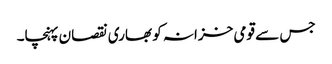
جس سے قومی خزانہ کو بھاری نقصان پہنچا۔